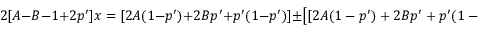
2 [ A - B - 1 + 2 p ^ { \prime } ] x = [ 2 A ( 1 - p ^ { \prime } ) + 2 B p ^ { \prime } + p ^ { \prime } ( 1 - p ^ { \prime } ) ] \pm \left[ [ 2 A ( 1 - p ^ { \prime } ) + 2 B p ^ { \prime } + p ^ { \prime } ( 1 - p ^ { \prime } ) ] ^ { 2 } - 4 [ A - B - 1 + 2 p ^ { \prime } ] [ ( 1 - p ^ { \prime } ) ^ { 2 } A - p ^ { 2 } B ] \right] ^ { 1 / 2 }